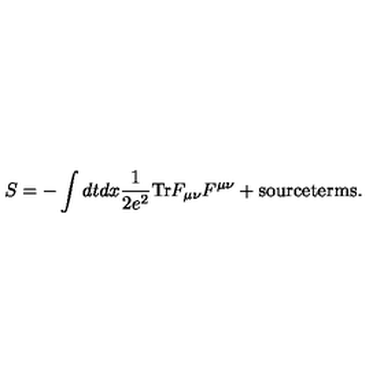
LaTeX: S = - \int d t d x \frac { 1 } { 2 e ^ { 2 } } \mathrm { T r } F _ { \mu \nu } F ^ { \mu \nu } + \mathrm { s o u r c e t e r m s } .